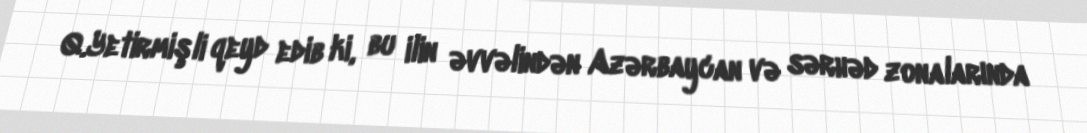
Q.Yetirmişli qeyd edib ki, bu ilin əvvəlindən Azərbaycan və sərhəd zonalarında